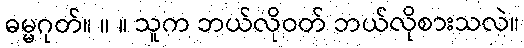
ဓမ္မဂုတ်။ ။ ။ သူက ဘယ်လိုဝတ် ဘယ်လိုစားသလဲ။